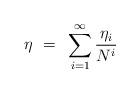
LaTeX: \begin{align*}\eta ~=~ \sum_{i=1}^\infty \frac{\eta_i}{N^i}\end{align*}